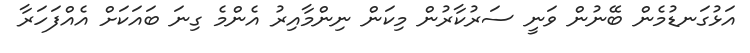
އަޅުގަނޑުމެން ބޭނުން ވަނީ ސަރުކާރުން މިކަން ނިންމާއިރު އެންމެ ގިނަ ބައަކަށް އެއްފަހަރާ